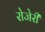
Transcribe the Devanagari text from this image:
रोजेरी